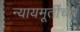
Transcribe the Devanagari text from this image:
न्यायमूर्तींच्या